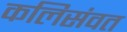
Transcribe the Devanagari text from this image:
कलिसंवत